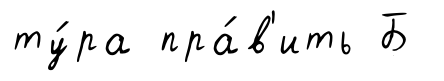
ту́ра пра́в'ить Б